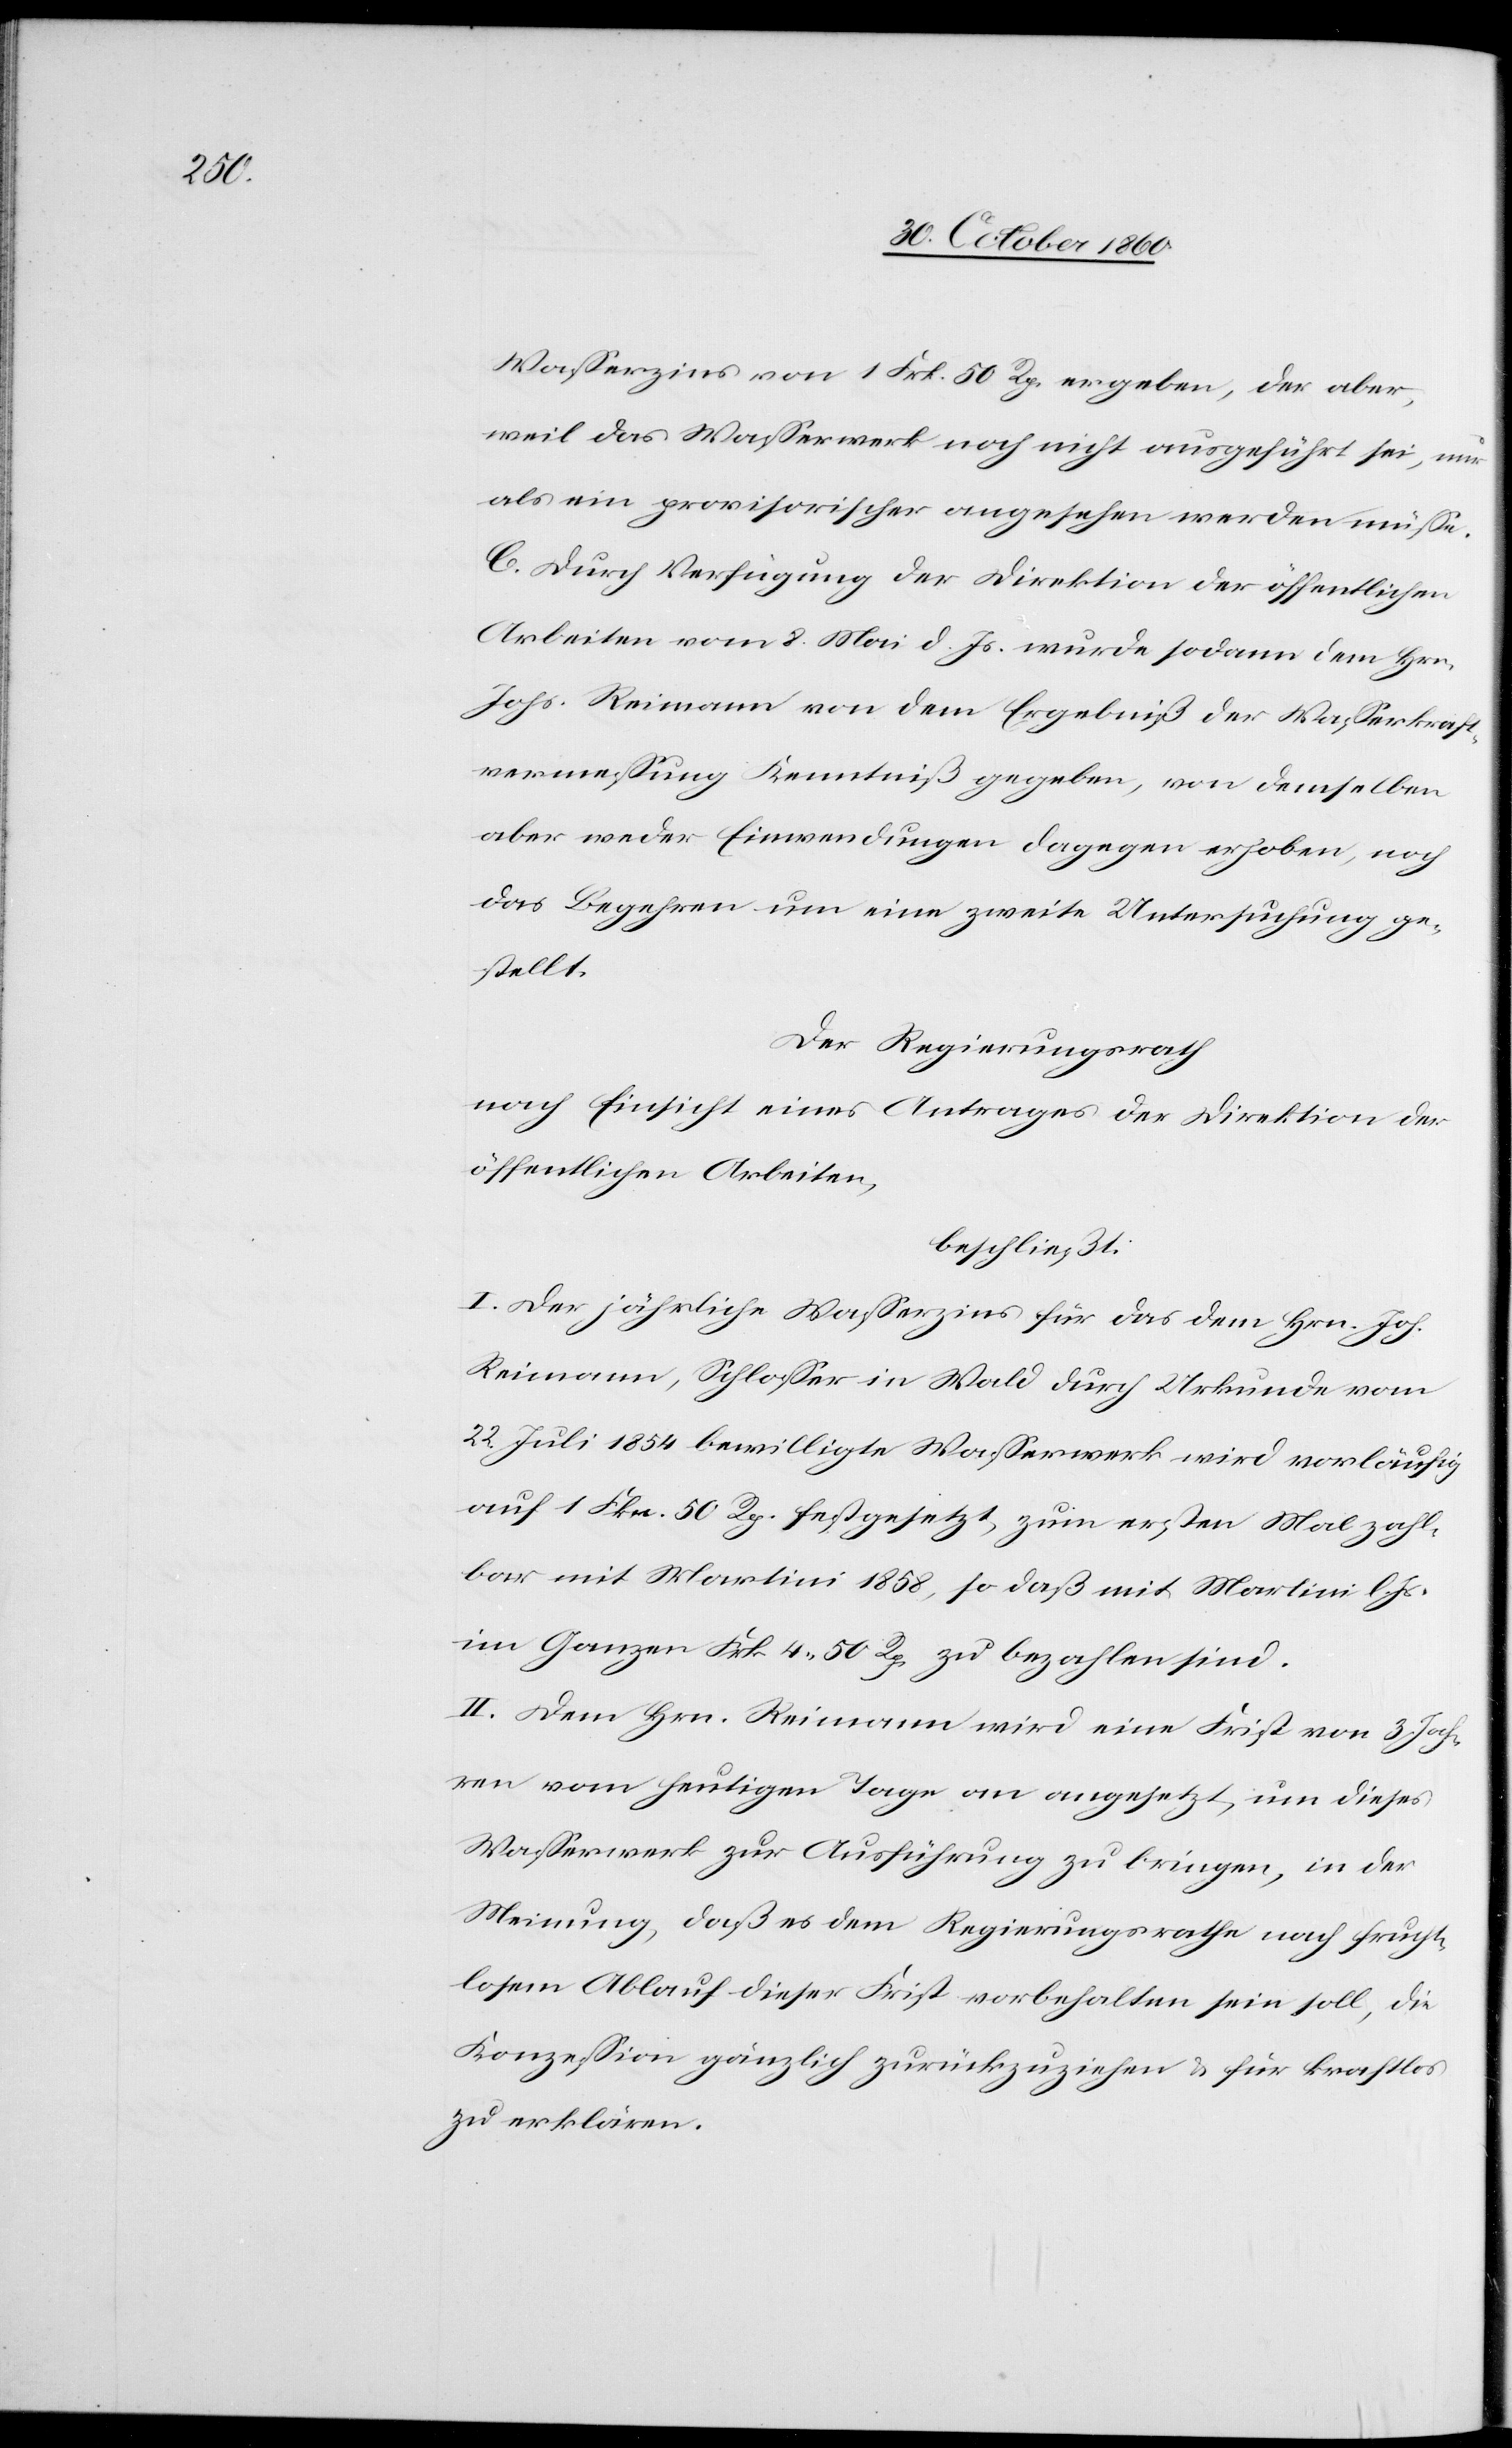
Wasserzins von 1 Frk. 50 Rp. ergeben, der aber,
weil das Wasserwerk noch nicht ausgeführt sei, nur
als ein provisorsicher angesehen werden müsse.
C. Durch Verfügung der Direktion der öffentlichen
Arbeiten vom 2. Mai d. Js. wurde sodann dem Hrn.
Johs. Reimann von dem Ergebniß der Wasserkraft¬
vermessung Kenntniß gegeben, von demselben
aber weder Einwendungen dagegen erhoben, noch
das Begehren um eine zweite Untersuchung ge¬
stellt.
Der Regierungsrath
nach Einsicht eines Antrages der Direktion der
öffentlichen Arbeiten,
beschließt:
I. Der jährliche Wasserzins für das dem Hrn. Joh.
Reimann, Schlosser in Wald durch Urkunde vom
22. Juli 1854 bewilligte Wasserwerk wird vorläufig
auf 1 Fkn. 50 Rp. festgesetzt, zum ersten Mal zahl¬
bar mit Martini 1858, so daß mit Martini l.
im Ganzen Frk. 4 50 Rp. zu bezahlen sind.
II. Dem Hrn. Reimann wird eine Frist von 3 Jah¬
ren vom heutigen Tage an angesetzt, um dieses
Wasserwerk zur Ausführung zu bringen, in der
Meinung, daß es dem Regierungsrathe nach frucht¬
losem Ablauf dieser Frist vorbehalten sein soll, die
Konzession gänzlich zurückzuziehen u. für kraftlos
zu erklären.